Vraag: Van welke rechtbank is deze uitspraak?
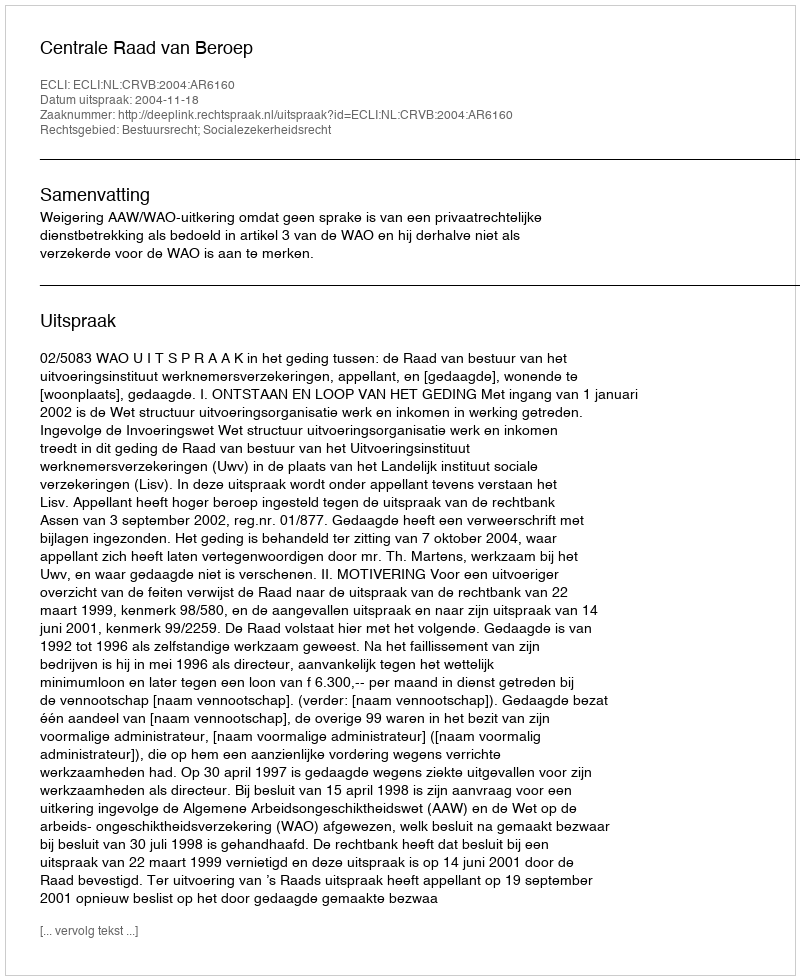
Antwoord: Centrale Raad van Beroep